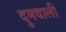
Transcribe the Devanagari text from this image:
दुमवाली